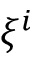
\xi ^ { i }